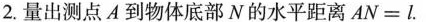
2.量出测点A到物体底部N的水平距离AN=l.